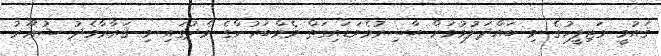
ޤައުމީ މަޖިލީހުގެ މި ބައްދަލުވުމަށް ޙާޟިރުވެވަޑައިގަތް މެމްބަރުންގެ މެދުގައި މި ޤަރާރާމެދު ޝުޢޫރު